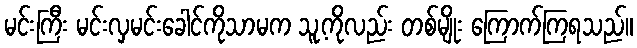
မင်းကြီး မင်းလှမင်းခေါင်ကိုသာမက သူ့ကိုလည်း တစ်မျိုး ကြောက်ကြရသည်။